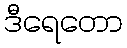
ဒီရေတော